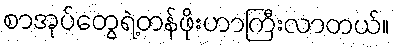
စာအုပ်တွေရဲ့တန်ဖိုးဟာကြီးလာတယ်။